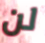
لن